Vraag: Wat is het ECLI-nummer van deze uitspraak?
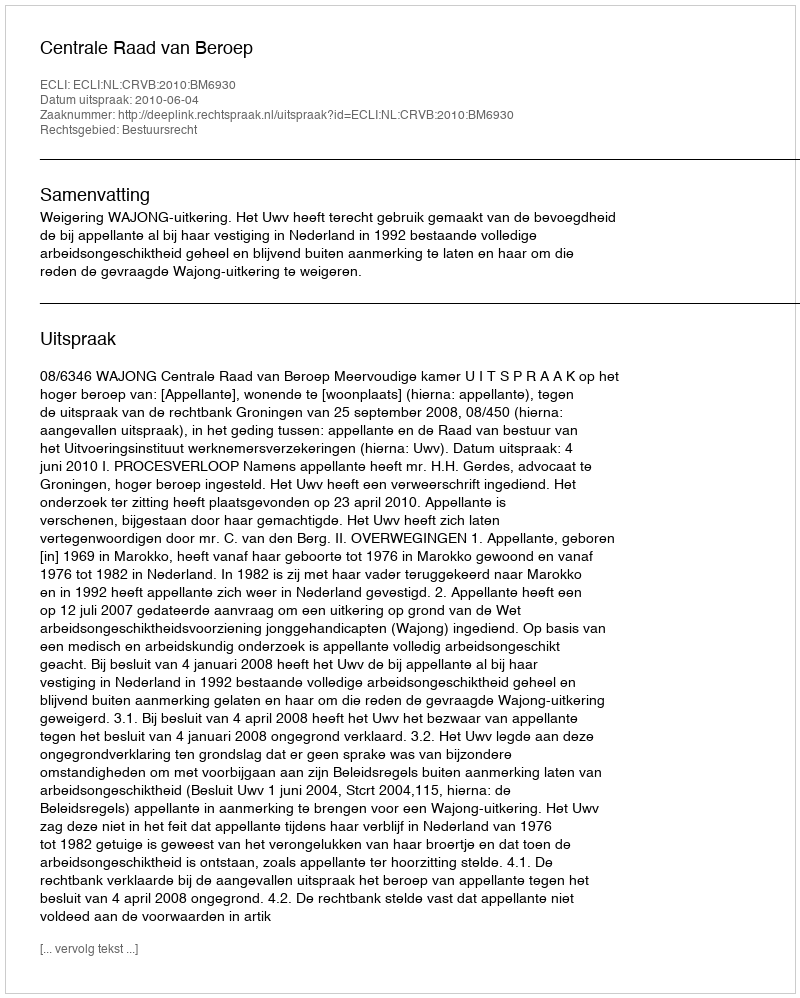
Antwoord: ECLI:NL:CRVB:2010:BM6930